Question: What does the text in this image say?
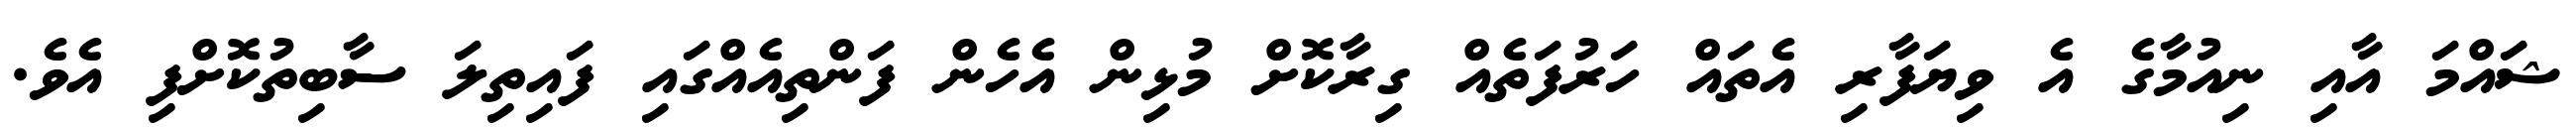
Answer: ޝައްމަ އާއި ނިއުމާގެ އެ ވިޔަފާރި އެތައް ހަރުފަތެއް ގިރާކޮށް މުޅިން އެހެން ފަންތިއެއްގައި ފައިތިލަ ސާބިތުކޮށްފި އެވެ.